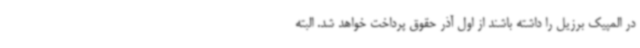
در المپیک برزیل را داشته باشند از اول آذر حقوق پرداخت خواهد شد. البته